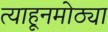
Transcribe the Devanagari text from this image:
त्याहूनमोठ्या